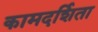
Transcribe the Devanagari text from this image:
कामदर्शिता